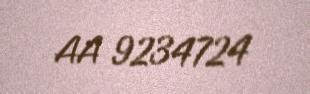
AA 9234724